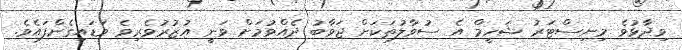
ވިދާޅުވެ މިނިސްޓަރު ޝަހީމް އެ ސުވާލުތަކަށް ޖަވާބު ދެއްވުމަށް ވަނީ އުޒުރުވެރިވެ ވަޑައިގެންފައެވެ.